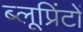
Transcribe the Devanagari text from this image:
ब्लूप्रिंटों